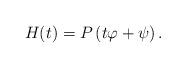
LaTeX: \begin{align*}H(t)=P\left(t\varphi+\psi\right).\end{align*}